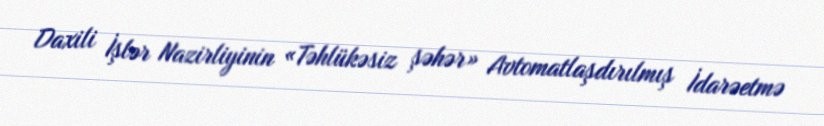
Daxili İşlər Nazirliyinin «Təhlükəsiz şəhər» Avtomatlaşdırılmış İdarəetmə